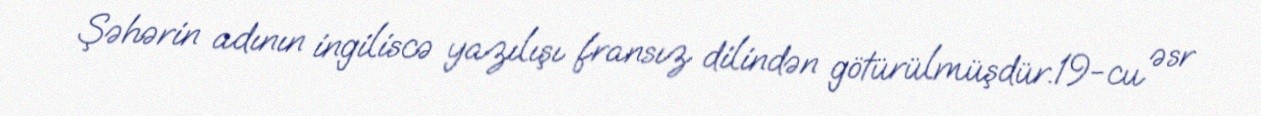
Şəhərin adının ingiliscə yazılışı fransız dilindən götürülmüşdür.19-cu əsr